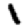
Digit: 1